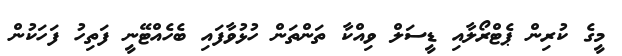
މީގެ ކުރިން ޕެޓްރޯލާއި ޑީސަލް ވިއްކާ ތަންތަން ހުޅުވާފައި ބެހެއްޓޭނީ ފަތިހު ފަހަކުން